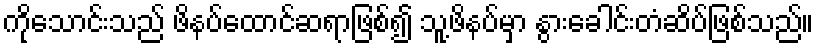
ကိုသောင်းသည် ဖိနပ်ထောင်ဆရာဖြစ်၍ သူ့ဖိနပ်မှာ နွားခေါင်းတံဆိပ်ဖြစ်သည်။